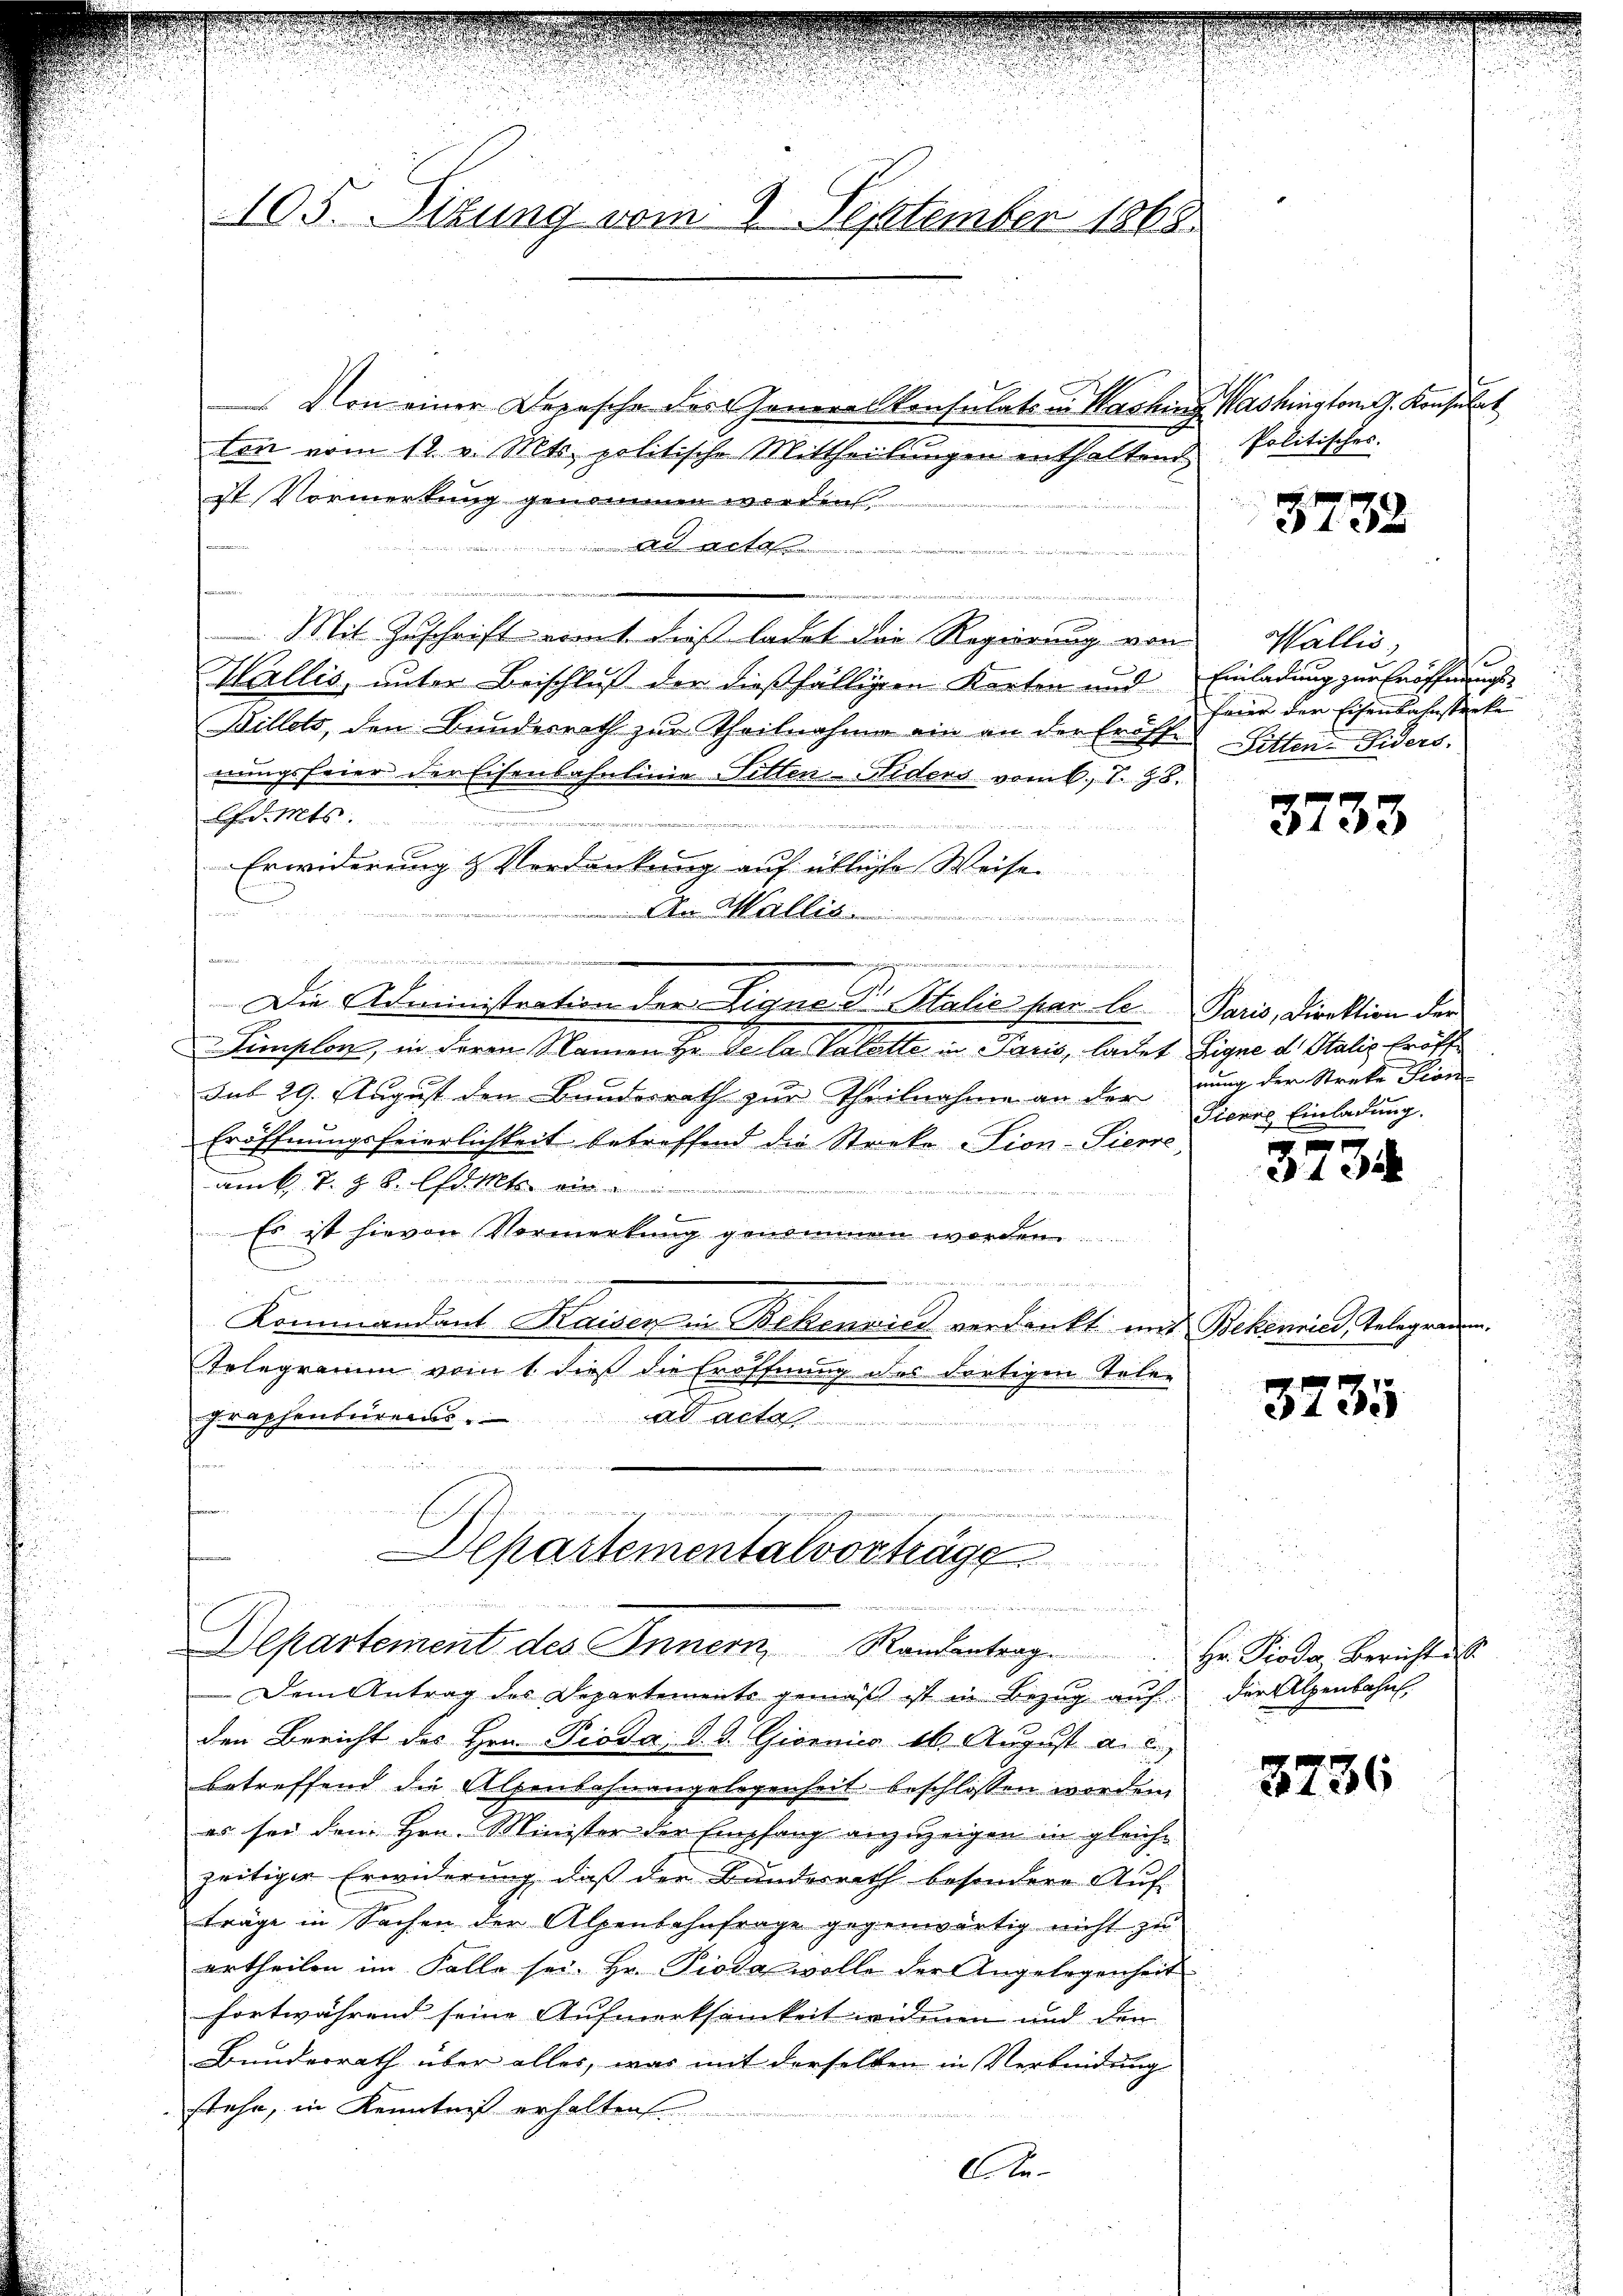
105. Situng vom 2. September 1868

Von einer Depesche des Generas konsulats in Washing Washington G. Konsulat
ten vom 12. v. Mts. politische Mittheilungen enthaltend,
ist Vormerkung genommen werden
d mit
Mit Zuschrift nimmt dieß ladet die Regierung von
Wallis, unter Beschluß der dießfälligen Karten und Einladung zur Eröffnungs-
Willets, den Bunderrath zur Theilnahme ein an der Eröff-
nungsfeier der Eisenbahnlinie Sitten-Niders vom 6. S. 98.
f d. Mts.

.
Erwiderung & Verdankung auf übliche Weise
r
An Maller

 e w
 . . . . . .
 f
Die Administration der Ligne S. Stalie par le Paris, Direktion der
Simplon, in deren Namen Hr. Declar Salatte in Paris, ladet signe d. Stalis Eröff
unt 29. August den Bundesrath zur Theilnahme an der nung der Streke Pion
Eröffnungsfeierlichkeit betreffend die Streke -Sion-Pierre,
amk T. z. B. d. Mt
 Vertreter wie er der die vor¬

Es ist hievon Vormerkung genommen worden.

u
Kommandant Kaiser in Bekenwies verdankt und Bekenried, Telegramm
Telegramm vom 1. dieß die Eröffnung des dortigen Tele-
graphenturen
dait
n

Departementalvorträge

Departement des Innern Randantrag. Hr. Pioda Bericht u.

Dem Antrag des Departements gemäβ ist in Bezŭg aŭf der Alpenbahn.
den Bericht des Hrn. Pioda, d. d. Giornis 16. August aus
betreffend die Alpenbahnangelegenheit beschlossen worden,
es sei dem Hrn. Minister der Empfang anzuzeigen in gleiche
zeitiger Erwiderung, daß der Bundesrath besondere Auf-
träge in Sachen der Alpenbahnfrage gegenwärtig nicht zu
ertheilen im Falle sei. Hr. Pioda wolle der Angelegenheit
fortwährend seine Aufmerksamkeit widmen und den
Bunderrath über alles, was mit derselben in Verbindung
stehe, in Kenntniß erhalten.
Ate

Politisches.

3738

Wallis,
.
feier der Eisenbahnstecke
Bitten- Fiders.

3733

Tiere Einladung.

3
3100

3735

3236